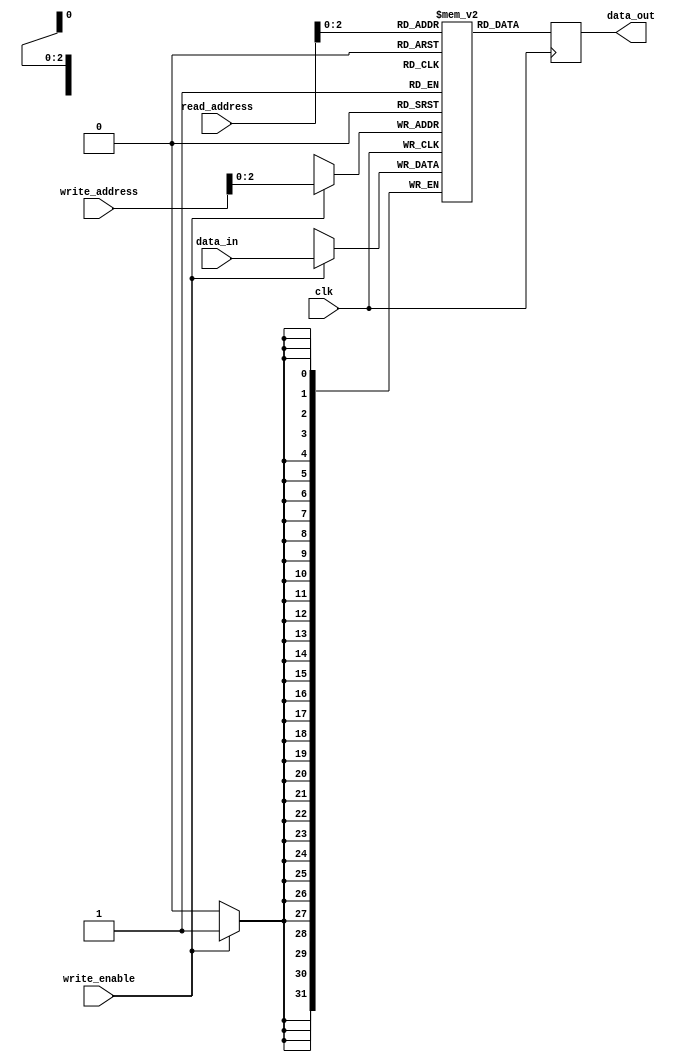
module register_file (
    input wire clk,
    input wire write_enable,
    input wire [3:0] read_address,
    input wire [3:0] write_address,
    input wire [31:0] data_in,
    output reg [31:0] data_out
);

reg [31:0] registers [7:0];

always @(posedge clk) begin
    if (write_enable) begin
        registers[write_address] <= data_in;
    end
    data_out <= registers[read_address];
end

endmodule